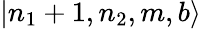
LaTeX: |n_{1}+1,n_{2},m,b\rangle